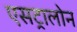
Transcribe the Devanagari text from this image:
एसट्रालोन